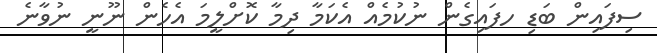
ސިފައިން ބަޑި ހފައިގެން ނުކުމެއް އެކަމާ ދިމާ ކޮށްލީމަ އެހެން ނޫނީ ނުވާނެ